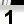
Digit: 1